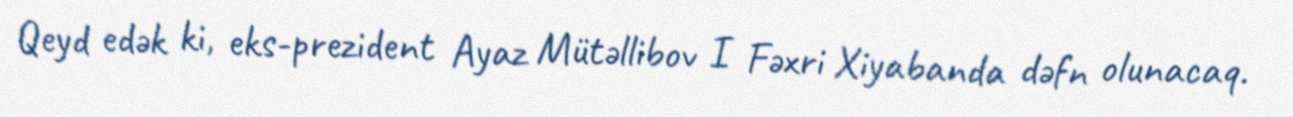
Qeyd edək ki, eks-prezident Ayaz Mütəllibov I Fəxri Xiyabanda dəfn olunacaq.